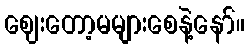
ဈေးတော့မများစေနဲ့နော်။